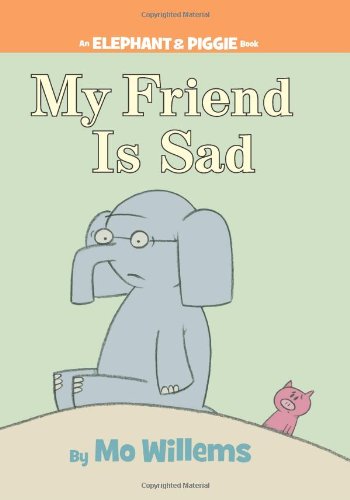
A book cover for My Friend is Sad (An Elephant and Piggie Book); Mo Willems; Children's Books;